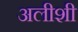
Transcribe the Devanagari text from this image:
अलीशी